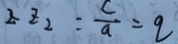
z z 2 = \frac { c } { a } = 9